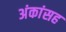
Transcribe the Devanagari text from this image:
अंकांसह